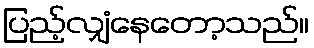
ပြည့်လျှံနေတော့သည်။